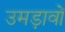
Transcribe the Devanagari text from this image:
उमड़ावों